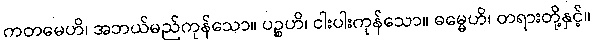
ကတမေဟိ၊ အဘယ်မည်ကုန်သော။ ပဉ္စဟိ၊ ငါးပါးကုန်သော။ ဓမ္မေဟိ၊ တရားတို့နှင့်။